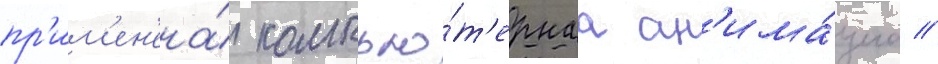
пр'им'ен'ена́ компью́т'ернаа ан'има́циа //